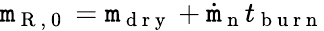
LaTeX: \mathtt{m}_{\mathrm{{~R~,~0~}}}=\mathtt{m}_{\mathrm{{~d~r~y~}}}+\dot{{\mathtt{m}}}_{\mathrm{{~n~}}}t_{\mathrm{{~b~u~r~n~}}}